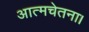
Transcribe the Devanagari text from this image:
आत्मचेतना।